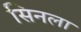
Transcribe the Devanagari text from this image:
सिनला